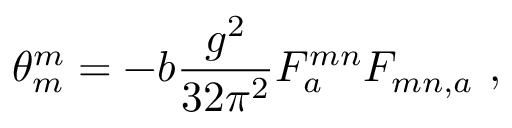
\theta _ { m } ^ { m } = - b \frac { g ^ { 2 } } { 3 2 \pi ^ { 2 } } F _ { a } ^ { m n } F _ { m n , a } \ ,